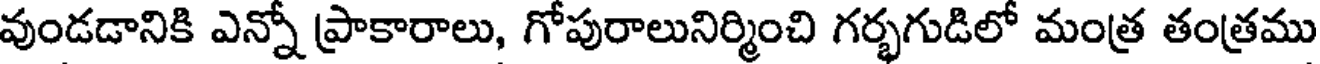
వుండడానికి ఎన్నో ప్రాకారాలు, గోపురాలునిర్మించి గర్భగుడిలో మంత్ర తంత్రము